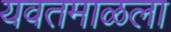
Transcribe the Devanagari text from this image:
यवतमाळला